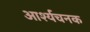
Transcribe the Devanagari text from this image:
आर्श्यचनक